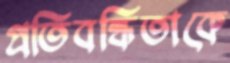
প্রতিবন্ধিতাকে